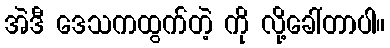
အဲဒီ ဒေသကထွက်တဲ့ ကို လို့ခေါ်တာပါ။